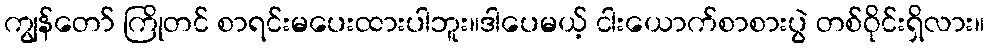
ကျွန်တော် ကြိုတင် စာရင်းမပေးထားပါဘူး။ဒါပေမယ့် ငါးယောက်စာစားပွဲ တစ်ဝိုင်းရှိလား။